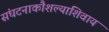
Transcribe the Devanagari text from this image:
संघटनाकौशल्याशिवाय